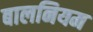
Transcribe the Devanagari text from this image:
बालनियम